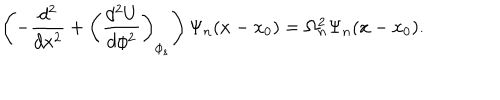
\left( - \frac { d ^ { 2 } } { d x ^ { 2 } } + \left( \frac { d ^ { 2 } U } { d \phi ^ { 2 } } \right) _ { \phi _ { s } } \right) \Psi _ { n } ( x - x _ { 0 } ) = \Omega _ { n } ^ { 2 } \Psi _ { n } ( x - x _ { 0 } ) .